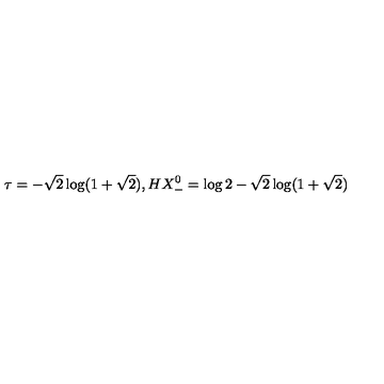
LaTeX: \tau = - \sqrt { 2 } \log ( 1 + \sqrt { 2 } ) , H X _ { - } ^ { 0 } = \log 2 - \sqrt { 2 } \log ( 1 + \sqrt { 2 } )